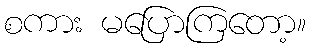
စကား မပြောကြတော့။